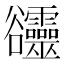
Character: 𧯙